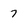
Character: 7